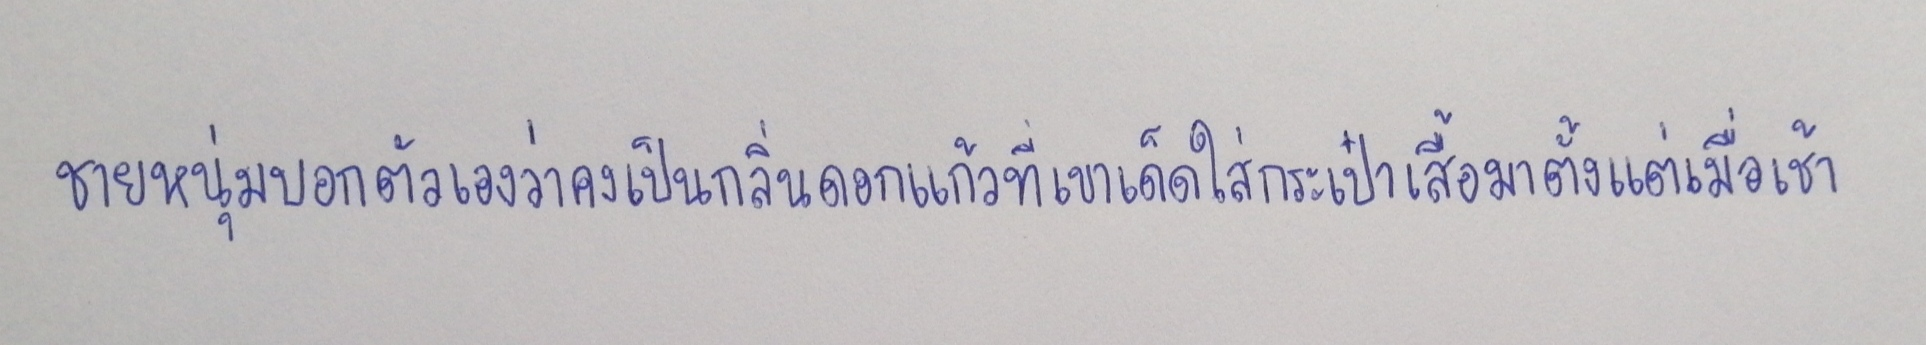
ชายหนุ่มบอกตัวเองว่าคงเป็นกลิ่นดอกแก้วที่เขาเด็ดใส่กระเป๋าเสื้อมาตั้งแต่เมื่อเช้า